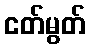
ငတ်မွတ်